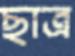
ছাত্র